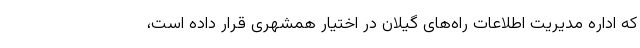
که اداره مدیریت اطلاعات راه‌های گیلان در اختیار همشهری قرار داده است،